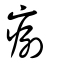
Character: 㾐